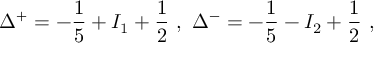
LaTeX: \Delta ^ { + } = - \frac { 1 } { 5 } + I _ { 1 } + \frac { 1 } { 2 } \, \, , \, \, \Delta ^ { - } = - \frac { 1 } { 5 } - I _ { 2 } + \frac { 1 } { 2 } \, \, ,